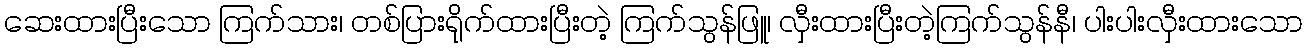
ဆေးထားပြီးသော ကြက်သား၊ တစ်ပြားရိုက်ထားပြီးတဲ့ ကြက်သွန်ဖြူ၊ လှီးထားပြီးတဲ့ကြက်သွန်နီ၊ ပါးပါးလှီးထားသော